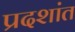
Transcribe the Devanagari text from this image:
प्रदशांत